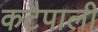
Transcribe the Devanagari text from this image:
कटैपाली